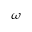
\omega